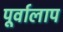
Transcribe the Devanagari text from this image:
पूर्वालाप